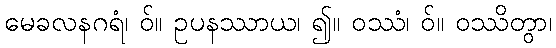
မေခလနဂရံ၊ ဝ်။ ဥပနဿာယ၊ ၍။ ဝဿံ၊ ဝ်။ ဝဿိတွာ၊